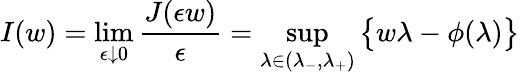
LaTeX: I(w)=\operatorname*{lim}_{\epsilon\downarrow 0}\frac{J(\epsilon w)}{\epsilon}=\operatorname*{sup}_{\lambda\in(\lambda_{-},\lambda_{+})}\big\{ w\lambda-\phi(\lambda)\big\}